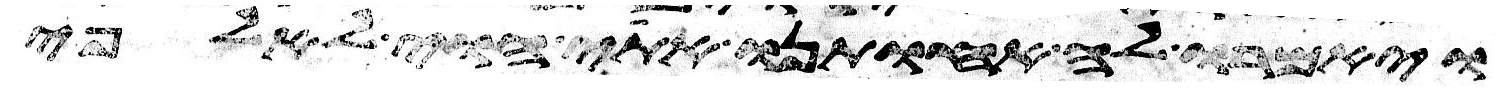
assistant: ויאמרו לה אחותנו אתי הוי לאלפי